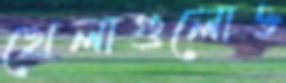
খেলাগুলোও